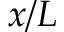
x / L